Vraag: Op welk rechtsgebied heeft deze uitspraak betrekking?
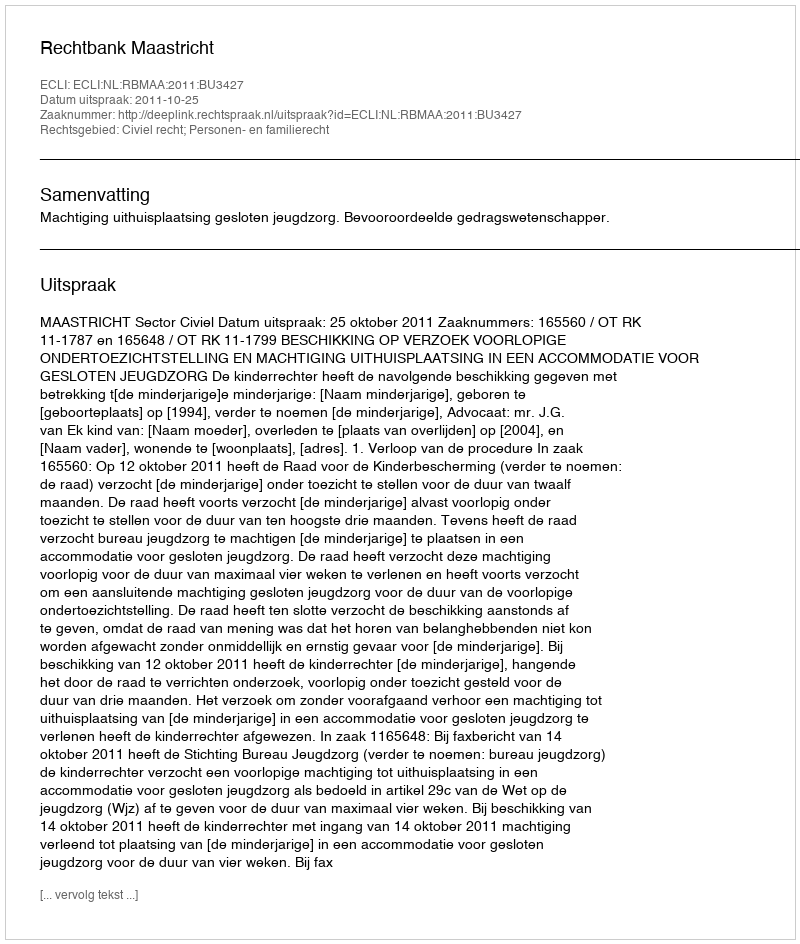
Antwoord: Civiel recht; Personen- en familierecht